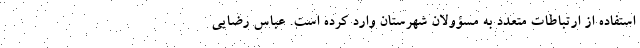
استفاده از ارتباطات متعدد به مسؤولان شهرستان وارد کرده است. عباس رضایی